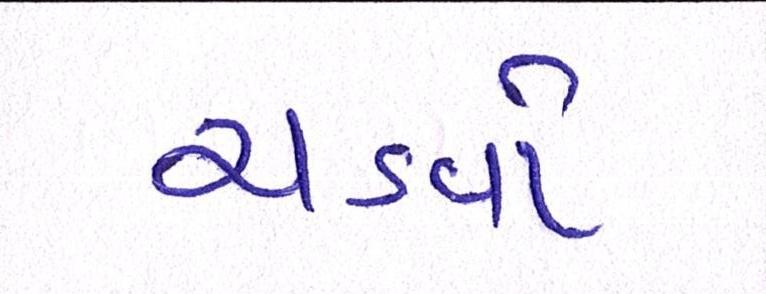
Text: ચડવો